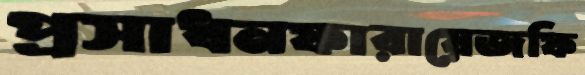
প্রসাধনফারায়েজফি